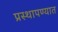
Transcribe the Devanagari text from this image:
प्रस्थापण्यात